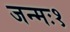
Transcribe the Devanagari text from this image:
जन्मः१